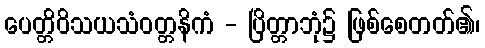
ပေတ္တိဝိသယသံဝတ္တနိကံ - ပြိတ္တာဘုံ၌ ဖြစ်စေတတ်၏၊